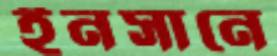
ইনসানে